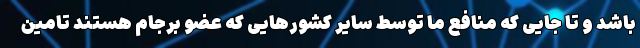
باشد و تا جایی که منافع ما توسط سایر کشورهایی که عضو برجام هستند تامین